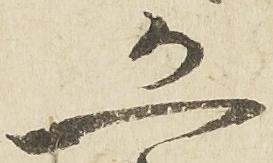
恐